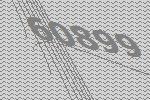
60899